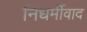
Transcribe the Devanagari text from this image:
निधर्मीवाद